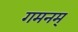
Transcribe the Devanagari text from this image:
गमनम्